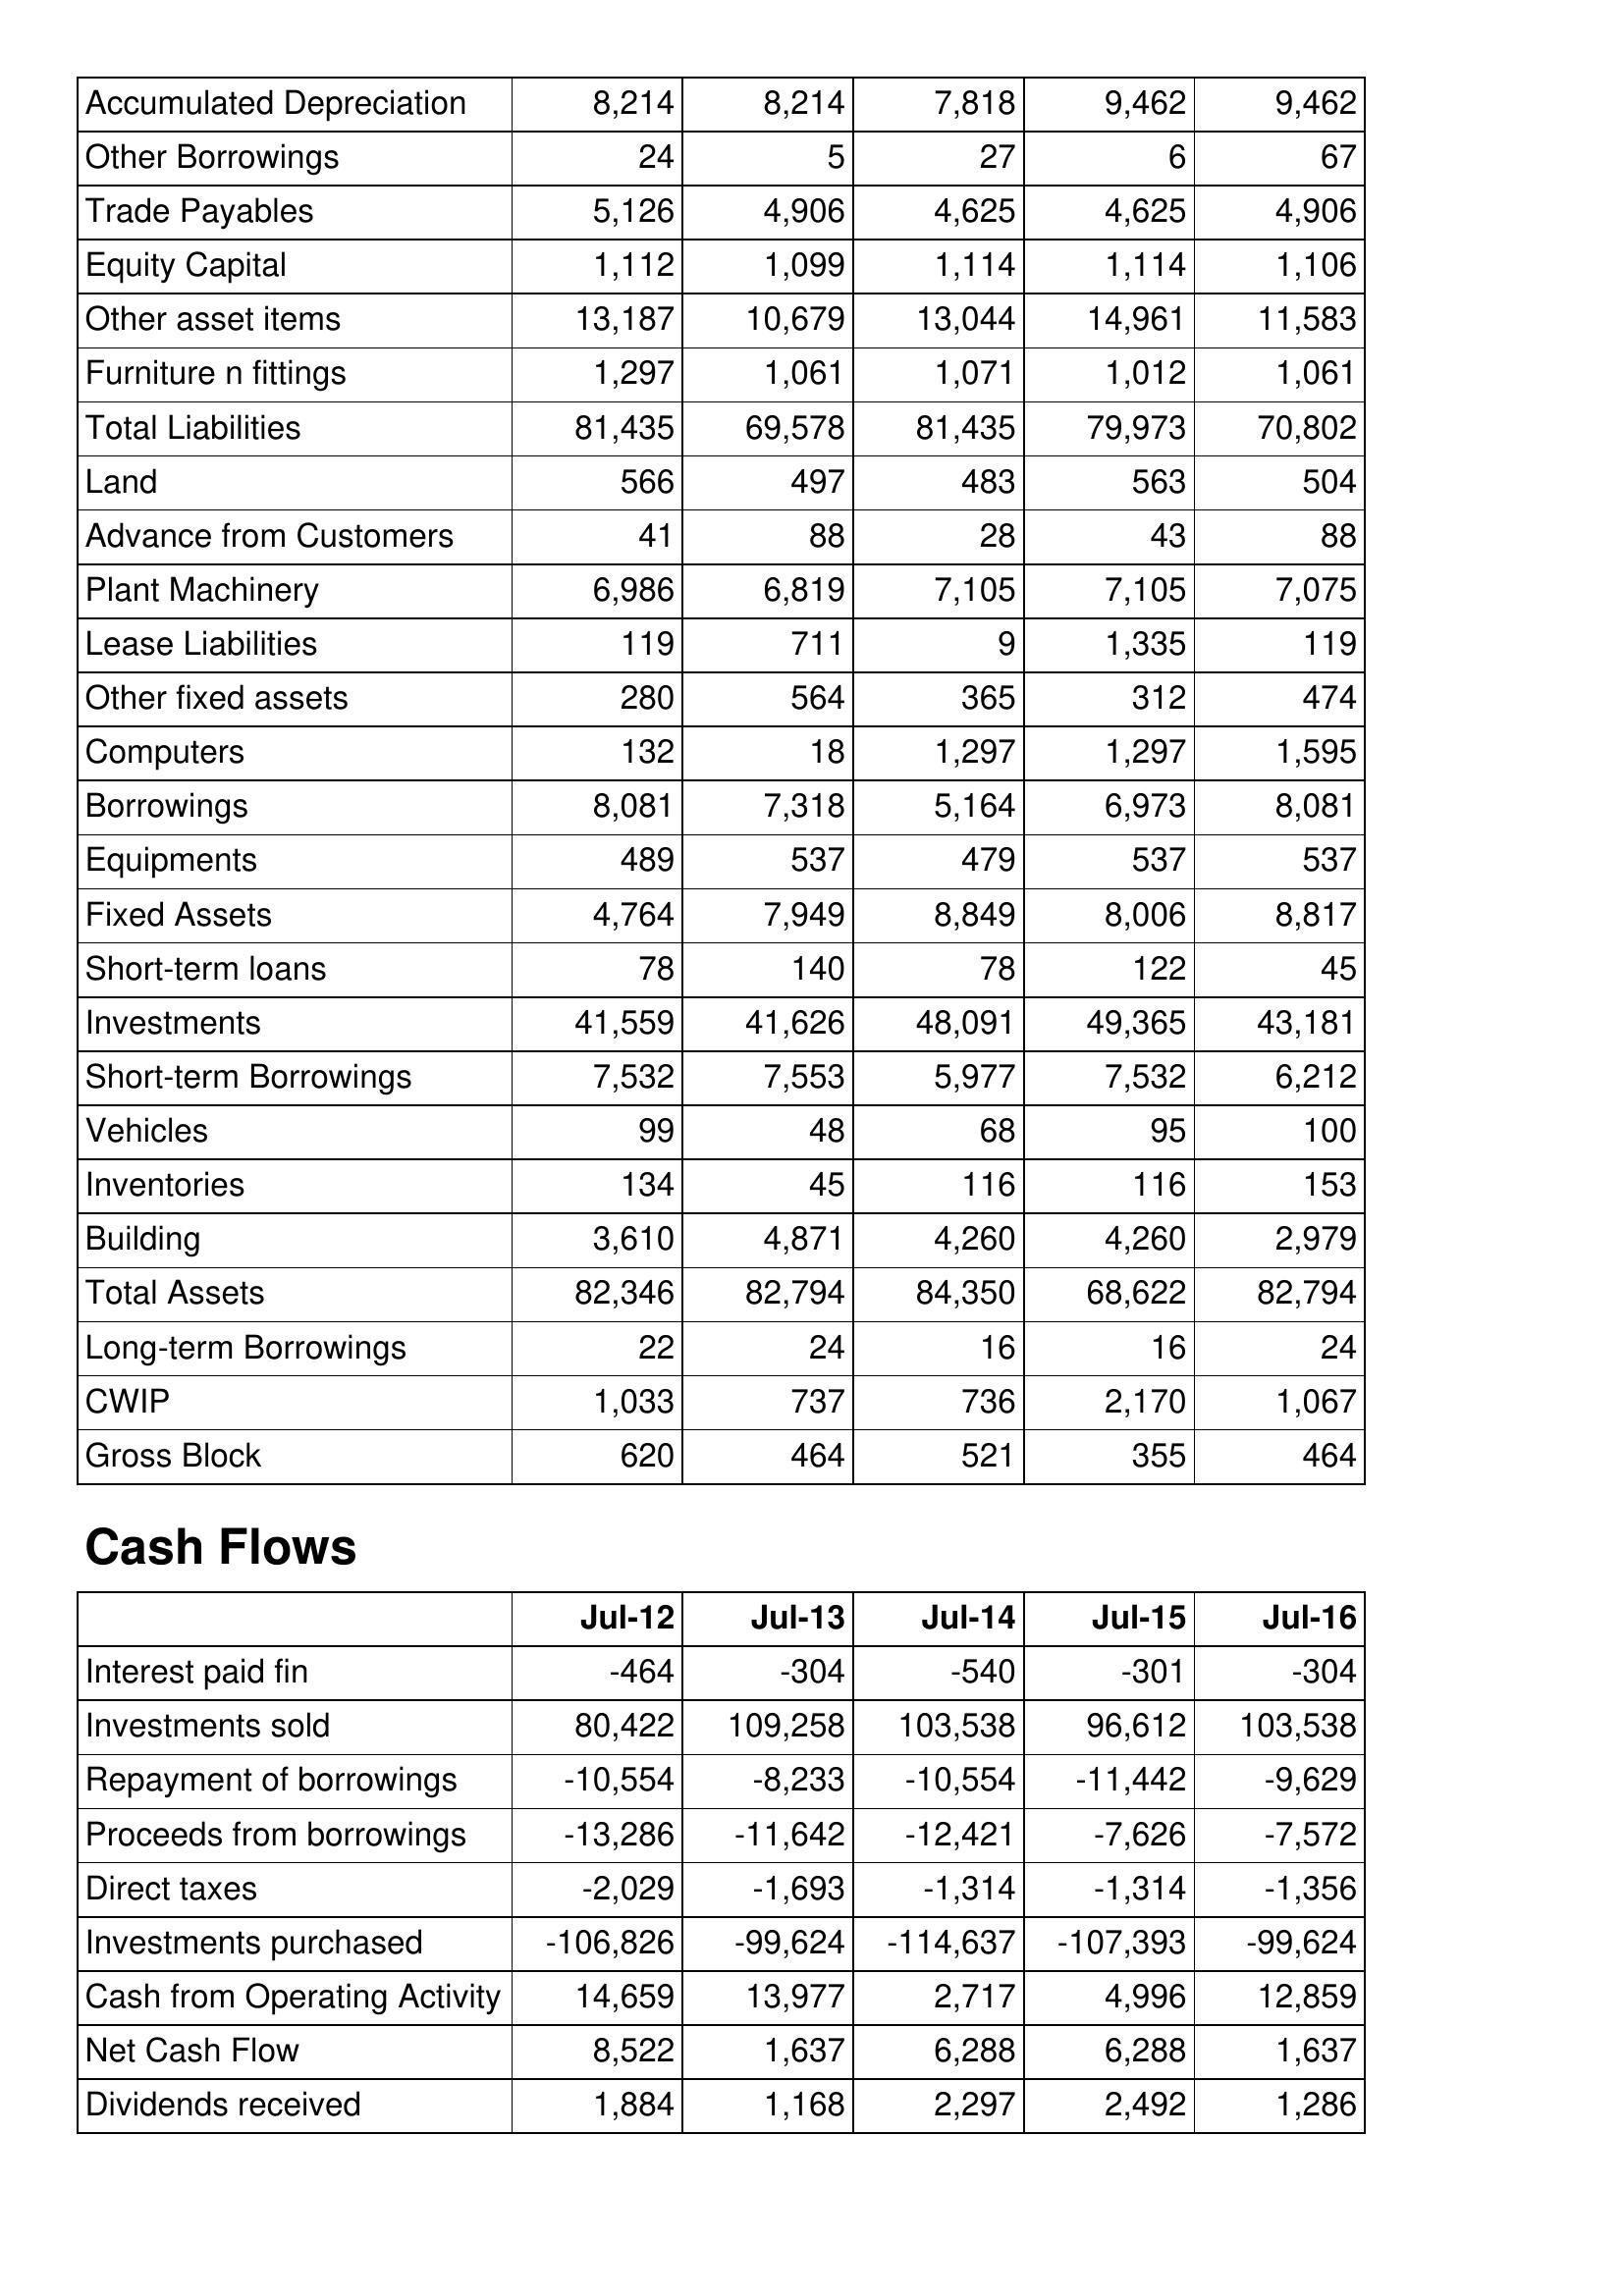
Jul-12: Balance Sheet: Accumulated Depreciation: 8,214
Other Borrowings: 24
Trade Payables: 5,126
Equity Capital: 1,112
Other asset items: 13,187
Furniture n fittings: 1,297
Total Liabilities: 81,435
Land: 566
Advance from Customers: 41
Plant Machinery: 6,986
Lease Liabilities: 119
Other fixed assets: 280
Computers: 132
Borrowings: 8,081
Equipments: 489
Fixed Assets: 4,764
Short-term loans: 78
Investments: 41,559
Short-term Borrowings: 7,532
Vehicles: 99
Inventories: 134
Building: 3,610
Total Assets: 82,346
Long-term Borrowings: 22
CWIP: 1,033
Gross Block: 620
Cash Flows: Interest paid fin: -464
Investments sold: 80,422
Repayment of borrowings: -10,554
Proceeds from borrowings: -13,286
Direct taxes: -2,029
Investments purchased: -106,826
Cash from Operating Activity: 14,659
Net Cash Flow: 8,522
Dividends received: 1,884
Jul-13: Balance Sheet: Accumulated Depreciation: 8,214
Other Borrowings: 5
Trade Payables: 4,906
Equity Capital: 1,099
Other asset items: 10,679
Furniture n fittings: 1,061
Total Liabilities: 69,578
Land: 497
Advance from Customers: 88
Plant Machinery: 6,819
Lease Liabilities: 711
Other fixed assets: 564
Computers: 18
Borrowings: 7,318
Equipments: 537
Fixed Assets: 7,949
Short-term loans: 140
Investments: 41,626
Short-term Borrowings: 7,553
Vehicles: 48
Inventories: 45
Building: 4,871
Total Assets: 82,794
Long-term Borrowings: 24
CWIP: 737
Gross Block: 464
Cash Flows: Interest paid fin: -304
Investments sold: 109,258
Repayment of borrowings: -8,233
Proceeds from borrowings: -11,642
Direct taxes: -1,693
Investments purchased: -99,624
Cash from Operating Activity: 13,977
Net Cash Flow: 1,637
Dividends received: 1,168
Jul-14: Balance Sheet: Accumulated Depreciation: 7,818
Other Borrowings: 27
Trade Payables: 4,625
Equity Capital: 1,114
Other asset items: 13,044
Furniture n fittings: 1,071
Total Liabilities: 81,435
Land: 483
Advance from Customers: 28
Plant Machinery: 7,105
Lease Liabilities: 9
Other fixed assets: 365
Computers: 1,297
Borrowings: 5,164
Equipments: 479
Fixed Assets: 8,849
Short-term loans: 78
Investments: 48,091
Short-term Borrowings: 5,977
Vehicles: 68
Inventories: 116
Building: 4,260
Total Assets: 84,350
Long-term Borrowings: 16
CWIP: 736
Gross Block: 521
Cash Flows: Interest paid fin: -540
Investments sold: 103,538
Repayment of borrowings: -10,554
Proceeds from borrowings: -12,421
Direct taxes: -1,314
Investments purchased: -114,637
Cash from Operating Activity: 2,717
Net Cash Flow: 6,288
Dividends received: 2,297
Jul-15: Balance Sheet: Accumulated Depreciation: 9,462
Other Borrowings: 6
Trade Payables: 4,625
Equity Capital: 1,114
Other asset items: 14,961
Furniture n fittings: 1,012
Total Liabilities: 79,973
Land: 563
Advance from Customers: 43
Plant Machinery: 7,105
Lease Liabilities: 1,335
Other fixed assets: 312
Computers: 1,297
Borrowings: 6,973
Equipments: 537
Fixed Assets: 8,006
Short-term loans: 122
Investments: 49,365
Short-term Borrowings: 7,532
Vehicles: 95
Inventories: 116
Building: 4,260
Total Assets: 68,622
Long-term Borrowings: 16
CWIP: 2,170
Gross Block: 355
Cash Flows: Interest paid fin: -301
Investments sold: 96,612
Repayment of borrowings: -11,442
Proceeds from borrowings: -7,626
Direct taxes: -1,314
Investments purchased: -107,393
Cash from Operating Activity: 4,996
Net Cash Flow: 6,288
Dividends received: 2,492
Jul-16: Balance Sheet: Accumulated Depreciation: 9,462
Other Borrowings: 67
Trade Payables: 4,906
Equity Capital: 1,106
Other asset items: 11,583
Furniture n fittings: 1,061
Total Liabilities: 70,802
Land: 504
Advance from Customers: 88
Plant Machinery: 7,075
Lease Liabilities: 119
Other fixed assets: 474
Computers: 1,595
Borrowings: 8,081
Equipments: 537
Fixed Assets: 8,817
Short-term loans: 45
Investments: 43,181
Short-term Borrowings: 6,212
Vehicles: 100
Inventories: 153
Building: 2,979
Total Assets: 82,794
Long-term Borrowings: 24
CWIP: 1,067
Gross Block: 464
Cash Flows: Interest paid fin: -304
Investments sold: 103,538
Repayment of borrowings: -9,629
Proceeds from borrowings: -7,572
Direct taxes: -1,356
Investments purchased: -99,624
Cash from Operating Activity: 12,859
Net Cash Flow: 1,637
Dividends received: 1,286